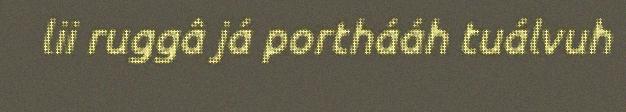
lii ruggâ já porthááh tuálvuh